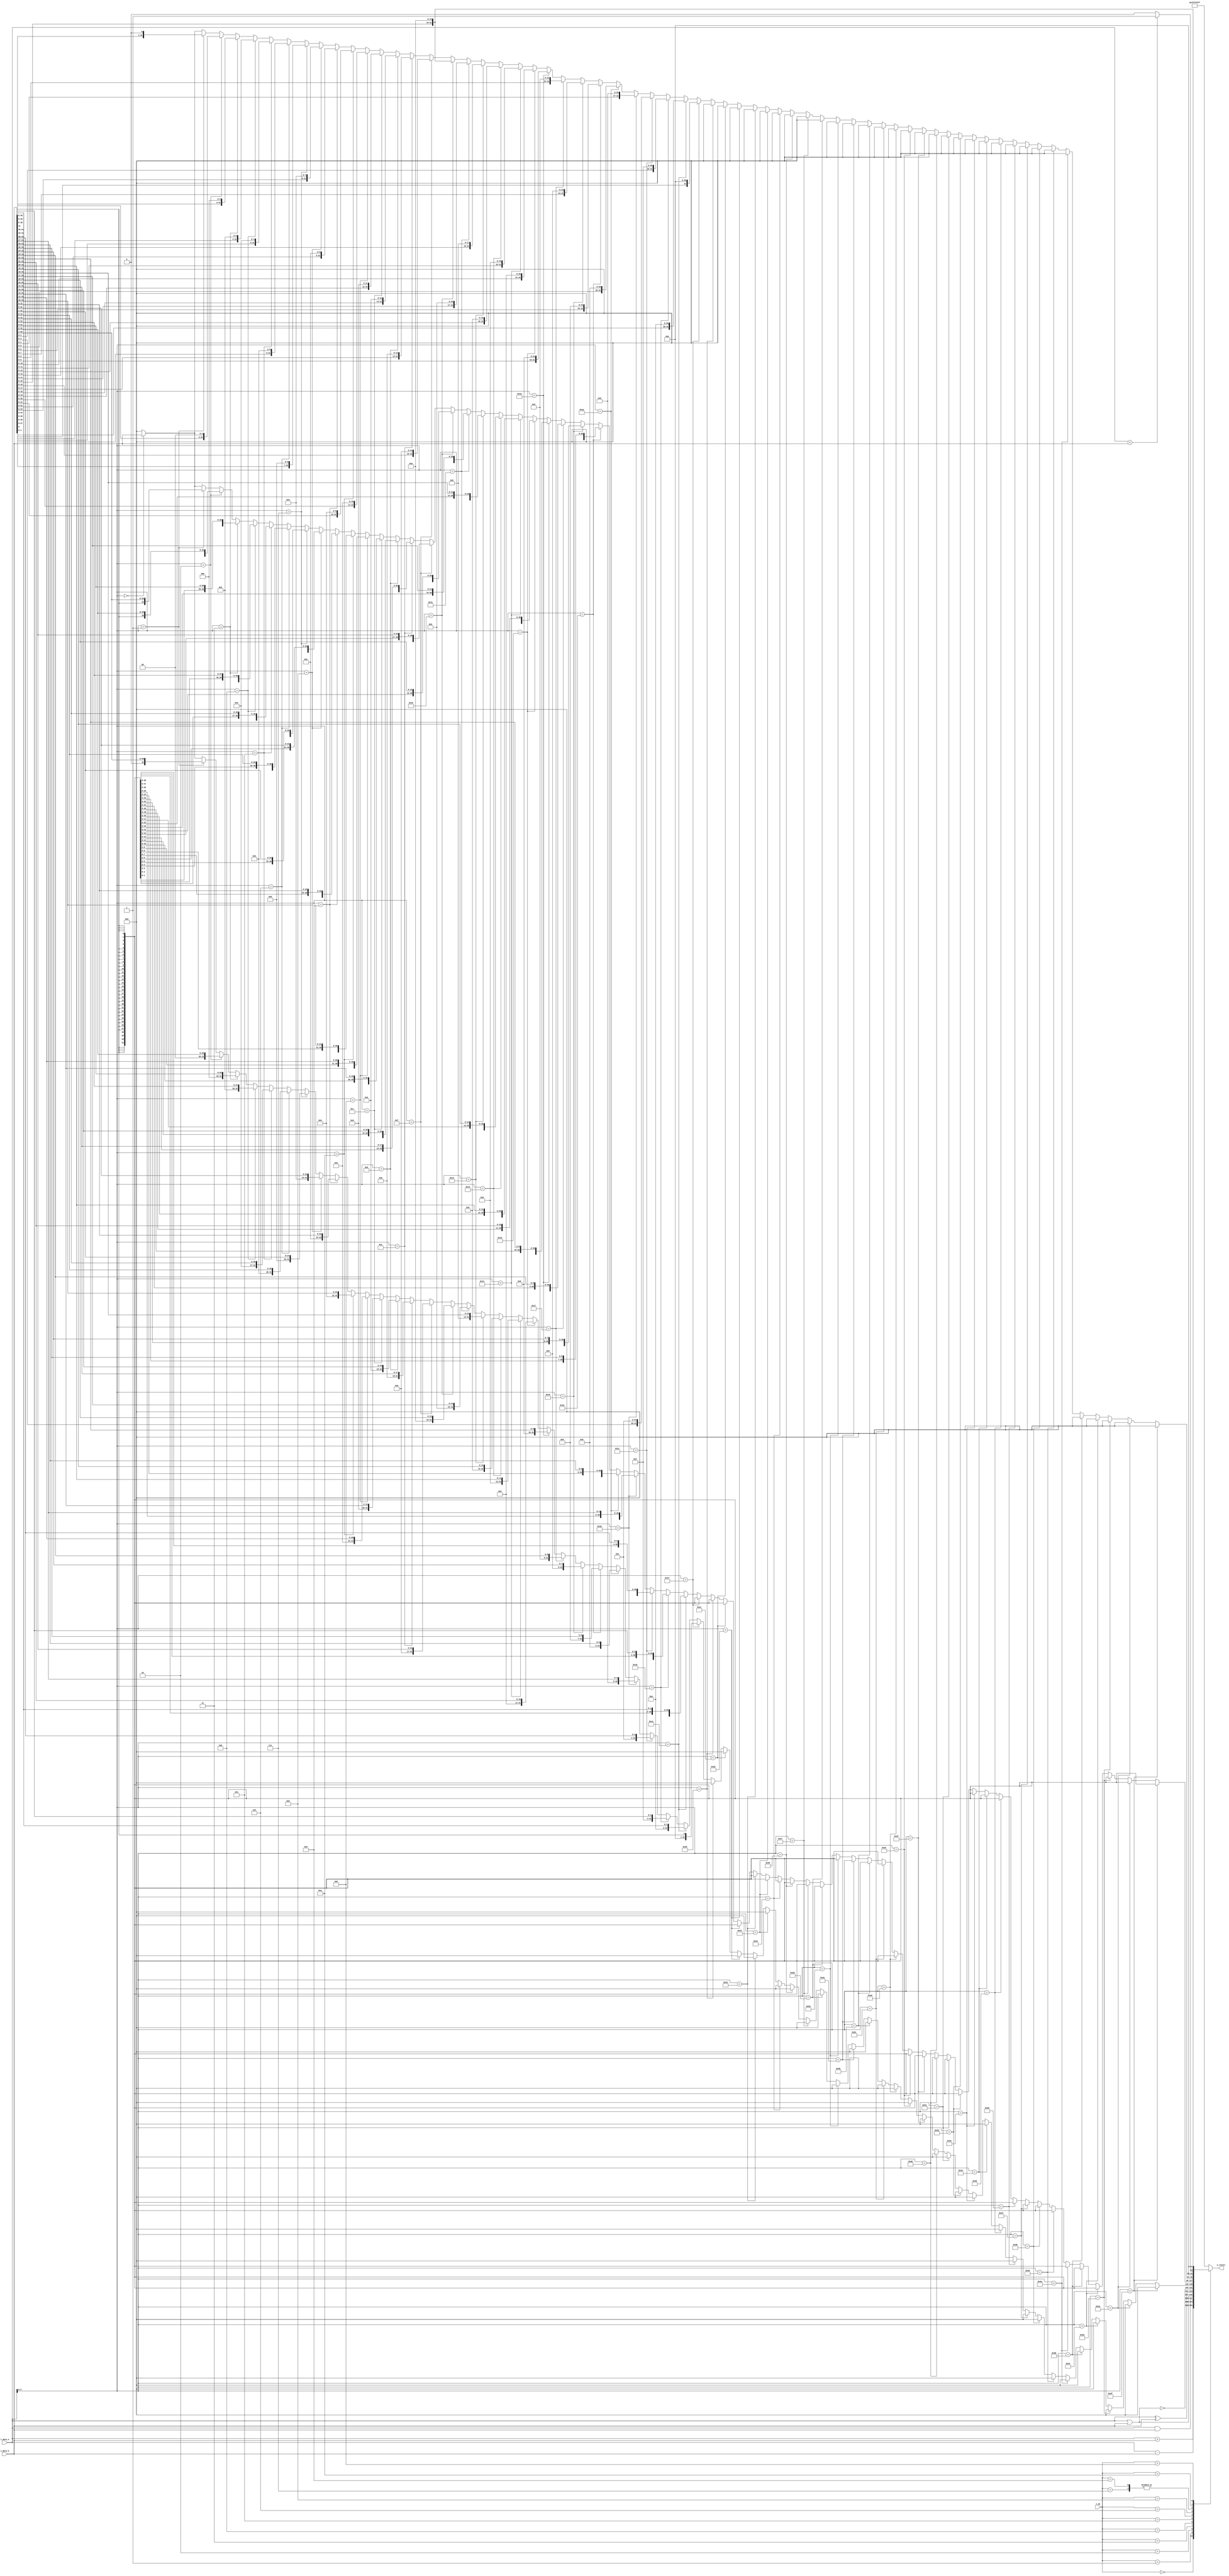
/*
 OPERATIONS
 */

module alu
  #(
    // Parameters.
    parameter NB_DATA       = 32 ,   // Nr of bits in the registers
    parameter NB_OPERATION  = 4     // Nr of bits in the operation input
    )
   (
    // Outputs.
    output [NB_DATA-1:0]      o_result , // Result of the operation

    // Inputs.
    input wire [NB_DATA-1:0]      i_data_a,
    input wire [NB_DATA-1:0]      i_data_b,
    input wire [NB_OPERATION-1:0] i_op
    ) ;

   localparam NB_SHIFT = clogb2(NB_DATA);

   localparam ADD          = 4'b0000;
   localparam SUB          = 4'b0001;
   localparam AND          = 4'b0010;
   localparam OR           = 4'b0011;
   localparam XOR          = 4'b0100;
   localparam NOR          = 4'b0101;
   localparam SRL          = 4'b0110;
   localparam SLL          = 4'b0111;
   localparam SRA          = 4'b1000;
   localparam SLA          = 4'b1001;
   localparam SLT          = 4'b1010;
   localparam LUI          = 4'b1011;

   integer                        i;
   reg [NB_DATA-1:0]              result;

   assign o_result = result;

   always @(*)
     begin
        case(i_op)
          ADD: // ADD
            result = i_data_a + i_data_b ;
          SUB: // SUB
            result = i_data_a - i_data_b ;
          AND: // AND
            result = i_data_a & i_data_b ;
          OR: // OR
            result = i_data_a | i_data_b ;
          XOR: // XOR
            result = i_data_a ^ i_data_b ;
          NOR: // NOR
            result = ~ (i_data_a | i_data_b);
          SRL: begin// SRL (Logical: fills with zero)
             result = 'b0;
             // for(i = 0; i<2**NB_DATA; i=i+1) begin
             //    if(i_data_b == i)
             //      result = i_data_a[4:0] >> i;
             // end
             for(i = 0; i<2**NB_SHIFT; i=i+1) begin
                if(i_data_a[NB_SHIFT-1:0] == i)
                  result = i_data_b >> i;
             end
             // result = i_data_b >> i_data_a[4:0];
          end
          SLL: begin// SLL (Logical: fills with zero)
             result = 'b0;
             for(i = 0; i<2**NB_SHIFT; i=i+1) begin
                if(i_data_a[NB_SHIFT-1:0] == i)
                  result = i_data_b << i;
             end
             // result = i_data_b << i_data_a[4:0];
          end
          SRA: begin// SRA (Arithmetic: keep sign)
             result = 'b0;
             // for(i = 0; i<2**NB_DATA; i=i+1) begin
             //    if(i_data_b == i)
             //      result = $signed(i_data_a[4:0]) >>> i;
             // end
             for(i = 0; i<2**NB_SHIFT; i=i+1) begin
                if(i_data_a[NB_SHIFT-1:0] == i)
                  result = $signed(i_data_b) >>> i;
             end
             // result = $signed(i_data_b) >>> i_data_a[4:0];
          end
          SLA: begin// SLA (Arithmetic: keep sign)
             result = 'b0;
             // for(i = 0; i<2**NB_DATA; i=i+1) begin
             //    if(i_data_b == i)
             //      result = $signed(i_data_a[4:0]) <<< i;
             // end
             for(i = 0; i<2**NB_SHIFT; i=i+1) begin
                if(i_data_a[NB_SHIFT-1:0] == i)
                  result = $signed(i_data_b) <<< i;
             end
             // result = $signed(i_data_b) <<< i_data_a[4:0];
          end
          SLT:
            result = (i_data_a < i_data_b) ? {{NB_DATA-1{1'b0}}, 1'b1} : {NB_DATA{1'b0}};
          LUI:
            result = $signed(i_data_b) << 16 ;
          default: result = {NB_DATA{1'b1}};
        endcase
     end
     
     function integer clogb2;
        input integer                   depth;
        for (clogb2=0; depth>0; clogb2=clogb2+1)
          depth = depth >> 1;
     endfunction // clogb2
endmodule